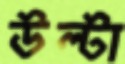
উল্টা